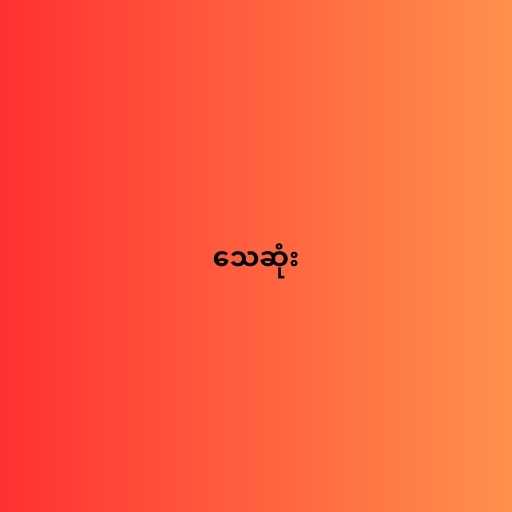
သေဆုံး